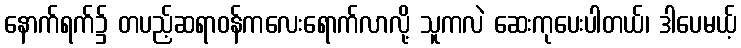
နောက်ရက်၌ တပည့်ဆရာဝန်ကလေးရောက်လာလို့ သူကလဲ ဆေးကုပေးပါတယ်၊ ဒါပေမယ့်